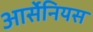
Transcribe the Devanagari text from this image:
आर्सेनियस